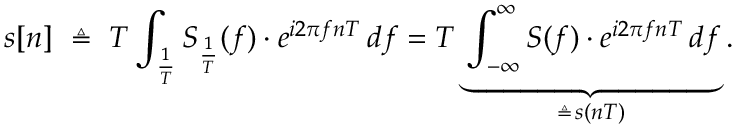
s [ n ] \ \triangleq \ T \int _ { \frac { 1 } { T } } S _ { \frac { 1 } { T } } ( f ) \cdot e ^ { i 2 \pi f n T } \, d f = T \underbrace { \int _ { - \infty } ^ { \infty } S ( f ) \cdot e ^ { i 2 \pi f n T } \, d f } _ { \triangleq \, s ( n T ) } .